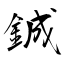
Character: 鋮